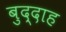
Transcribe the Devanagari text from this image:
बुद्दाह